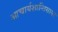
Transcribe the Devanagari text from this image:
आचार्यशान्तिसागर